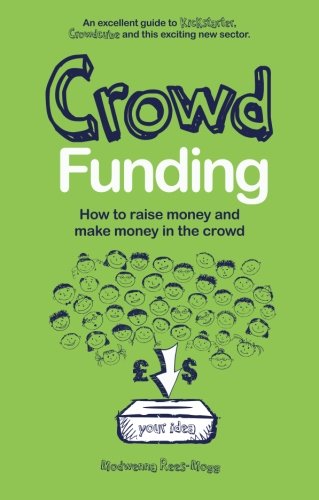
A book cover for Crowd Funding: How to Raise Money and Make Money in the Crowd; Modwenna Rees-Mogg; Business & Money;